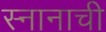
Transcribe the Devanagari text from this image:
स्नानाची